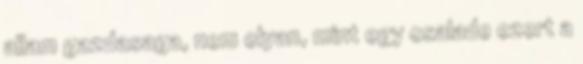
allam gazdasaga, nem olyan, mint egy csalade ezert a